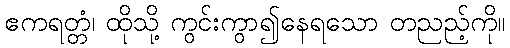
ဧကရတ္တံ၊ ထိုသို့ ကွင်းကွာ၍နေရသော တညည့်ကို။